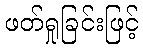
ဖတ်ရှုခြင်းဖြင့်